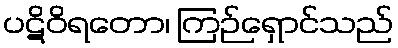
ပဋိဝိရတော၊ ကြဉ်ရှောင်သည်